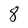
Character: 8